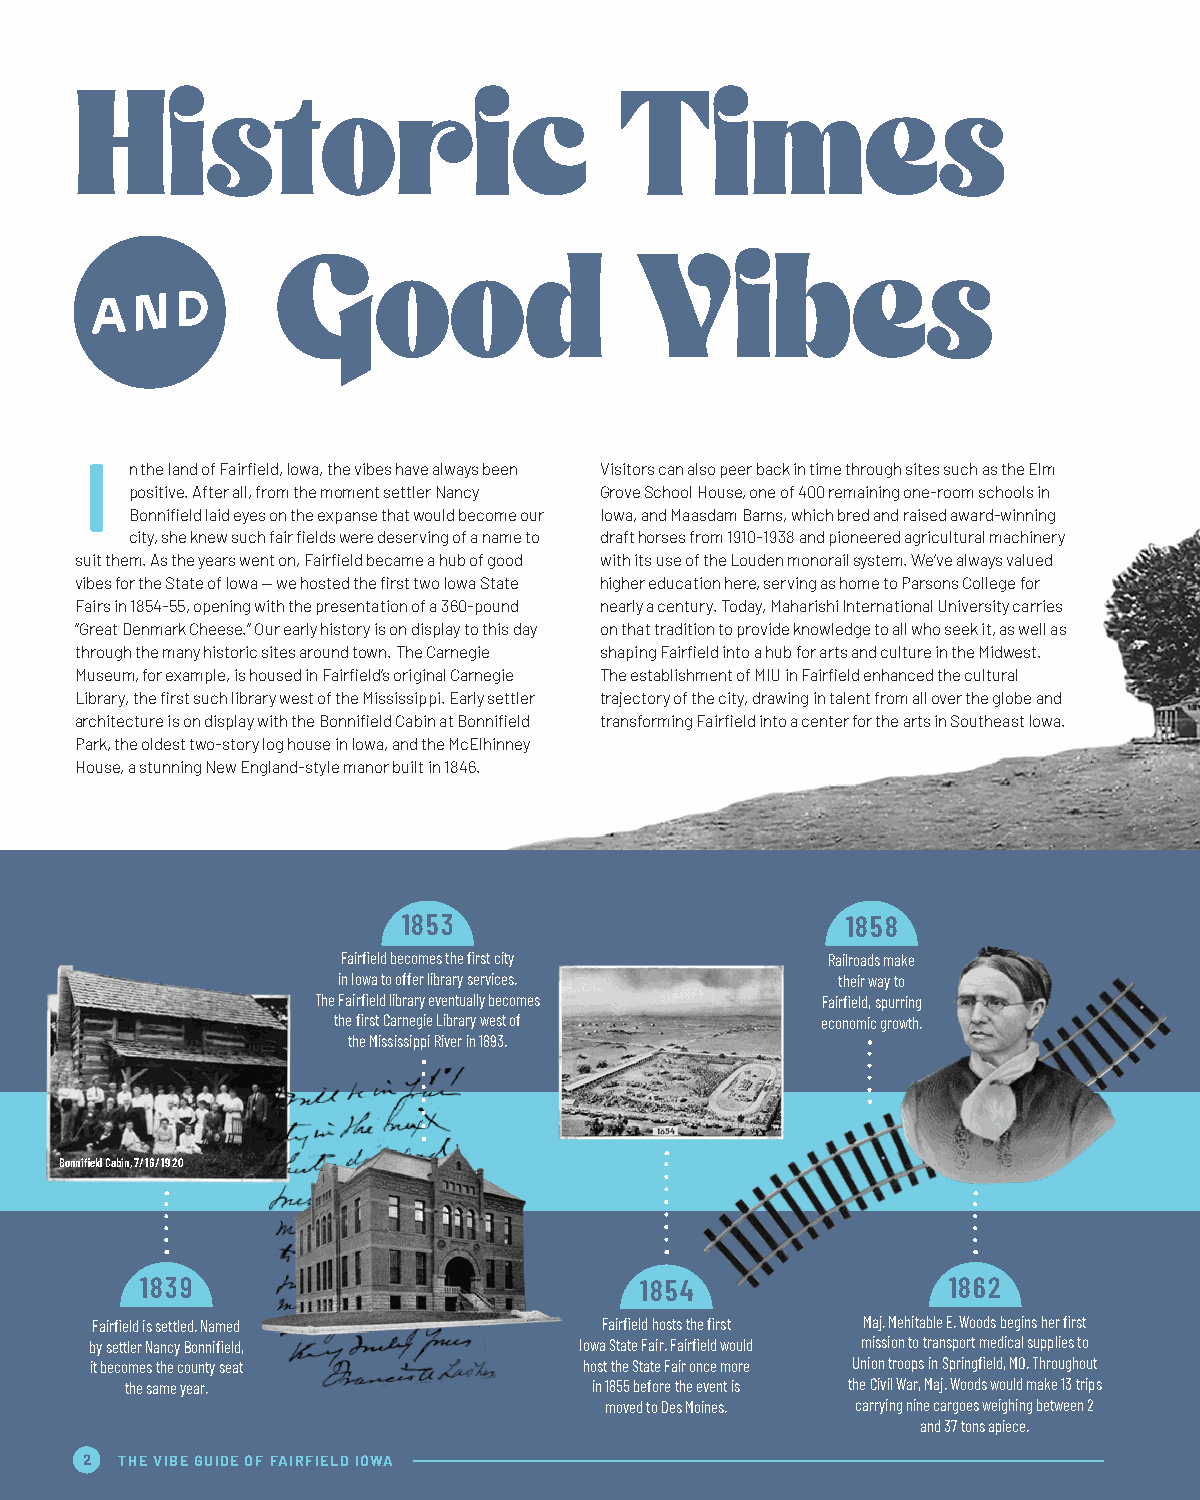
Historic                            Times
 Good                    Vibes
 I
 n the land of Fairfield, Iowa, the vibes have always been Visitors can also peer back in time through sites such as the Elm
 positive. After all, from the moment settler Nancy Grove School House, one of 400 remaining one-room schools in
 Bonnifield laid eyes on the expanse that would become our Iowa, and Maasdam Barns, which bred and raised award-winning
 city, she knew such fair fields were deserving of a name to draft horses from 1910-1938 and pioneered agricultural machinery
 suit them. As the years went on, Fairfield became a hub of good with its use of the Louden monorail system. We’ve always valued
 vibes for the State of Iowa — we hosted the first two Iowa State higher education here, serving as home to Parsons College for
 Fairs in 1854-55, opening with the presentation of a 360-pound nearly a century. Today, Maharishi International University carries
 “Great Denmark Cheese.” Our early history is on display to this day on that tradition to provide knowledge to all who seek it, as well as
 through the many historic sites around town. The Carnegie shaping Fairfield into a hub for arts and culture in the Midwest.
 Museum, for example, is housed in Fairfield’s original Carnegie The establishment of MIU in Fairfield enhanced the cultural
 Library, the first such library west of the Mississippi. Early settler trajectory of the city, drawing in talent from all over the globe and
 architecture is on display with the Bonnifield Cabin at Bonnifield transforming Fairfield into a center for the arts in Southeast Iowa.
 Park, the oldest two-story log house in Iowa, and the McElhinney
 House, a stunning New England-style manor built in 1846.
 1853                         1858
 Fairfield becomes the first city Railroads make
 in Iowa to offer library services. their way to
 The Fairfield library eventually becomes Fairfield, spurring
 the first Carnegie Library west of economic growth.
 the Mississippi River in 1893.
 Bonnifield Cabin, 7/16/1920
 1839                             1854                 1862
 Fairfield is settled. Named       Fairfield hosts the first Maj. Mehitable E. Woods begins her first
 by settler Nancy Bonnifield,    Iowa State Fair. Fairfield would mission to transport medical supplies to
 it becomes the county seat       host the State Fair once more Union troops in Springfield, MO. Throughout
 the same year.                 in 1855 before the event is the Civil War, Maj. Woods would make 13 trips
 moved to Des Moines. carrying nine cargoes weighing between 2
 and 37 tons apiece.
 2  THE VIBE GUIDE OF FAIRFIELD IOWA